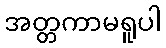
အတ္တကာမရူပါ